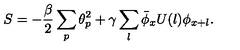
S = - \frac { \beta } { 2 } \sum _ { p } { \theta } _ { p } ^ { 2 } + \gamma \sum _ { l } \bar { \phi } _ { x } U ( l ) \phi _ { x + l } .